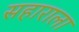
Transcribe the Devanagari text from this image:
सहाराला